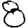
Digit: 8